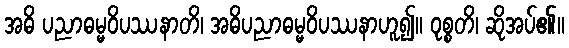
အဓိ ပညာဓမ္မဝိပဿနာတိ၊ အဓိပညာဓမ္မဝိပဿနာဟူ၍။ ဝုစ္စတိ၊ ဆိုအပ်၏။